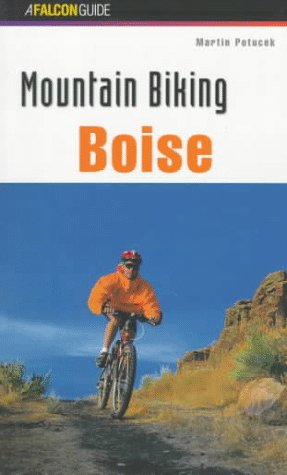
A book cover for Mountain Biking Boise (Regional Mountain Biking Series); Martin Potucek; Travel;